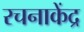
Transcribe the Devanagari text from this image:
रचनाकेंद्र